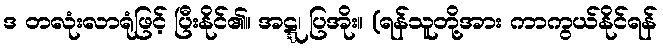
ဒ တလုံးလာရုံဖြင့် ပြီးနိုင်၏။ အဋ္ဋ၊ ပြအိုး။ (ရန်သူတို့အား ကာကွယ်နိုင်ရန်